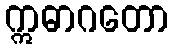
ဣဓာဂတော